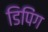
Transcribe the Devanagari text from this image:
डिपिंग